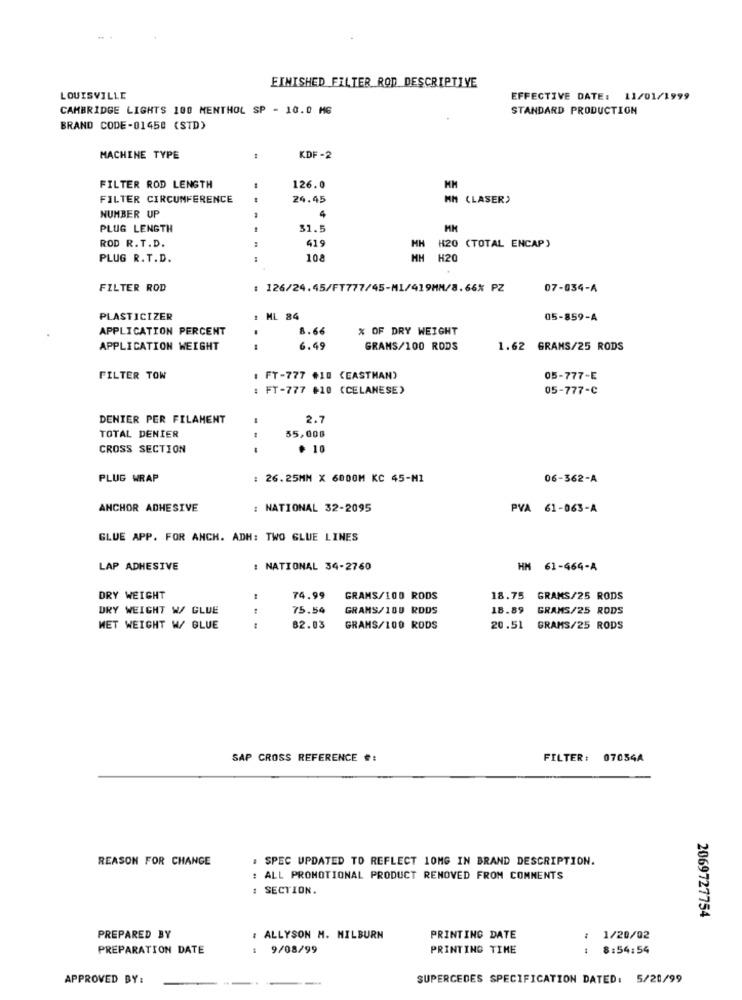
FINISHED FILTER ROD DESCRIPTIVE
LOUISVILLE
EFFECTIVE DATE: 11/01/1999
CAMBRIDGE LIGHTS 100 MENTHOL SP - 10.0 MG
STANDARD PRODUCTION
BRAND CODE-01450 (STD)
MACHINE TYPE
KDF-2
FILTER ROD LENGTH
-
126.0
FILTER CIRCUMFERENCE
24.45
MM (LASER)
NUMBER UP
4
PLUG LENGTH
31.5
ROD R. T.D.
419
HH
H20 (TOTAL ENCAP)
PLUG R.T.D.
108
HH H20
FILTER ROD
: 126/24.45/FT777/45-M1/419MM/8.66% PZ
07-034-A
PLASTICIZER
ML 84
05-859-A
APPLICATION PERCENT
1.66
% OF DRY WEIGHT
APPLICATION WEIGHT
6.49
GRAMS/100 RODS
1.62 GRAMS/25 RODS
FILTER TOW
: FT-777 #10 (EASTMAN)
05-777-E
: FT-777 +10 (CELANESE)
05-777-C
DENIER PER FILAMENT
2.7
35,000
TOTAL DENIER
CROSS SECTION
. 10
PLUG WRAP
: 26. 25MM X 6000M KC 45-M1
06-362-A
ANCHOR ADHESIVE
: NATIONAL 32-2095
PVA 61-063-A
GLUE APP. FOR ANCH. ADH: TWO GLUE LINES
LAP ADHESIVE
: NATIONAL 34-2760
HM 61-464-A
DRY WEIGHT
74.99
GRAMS/100 RODS
18.75
GRAMS/25 RODS
DRY WEIGHT W/ GLUE
75.54
GRAMS/100 RODS
18.89
GRAMS/25 RODS
MET WEIGHT W/ GLUE
82.03
GRAMS/100 RODS
20.51
GRAMS/25 RODS
SAP CROSS REFERENCE #:
FILTER: 07034A
REASON FOR CHANGE
. SPEC UPDATED TO REFLECT 10MG IN BRAND DESCRIPTION.
: ALL PROMOTIONAL PRODUCT REMOVED FROM COMMENTS
: SECTION.
2069727754
PREPARED BY
: ALLYSON M. MILBURN
PRINTING DATE
: 1/20/02
PREPARATION DATE
9/08/99
PRINTING TIME
8:54:54
APPROVED BY :
SUPERCEDES SPECIFICATION DATED: 5/20/99